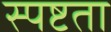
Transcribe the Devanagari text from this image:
स्‍पष्टता